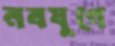
নবযুগে